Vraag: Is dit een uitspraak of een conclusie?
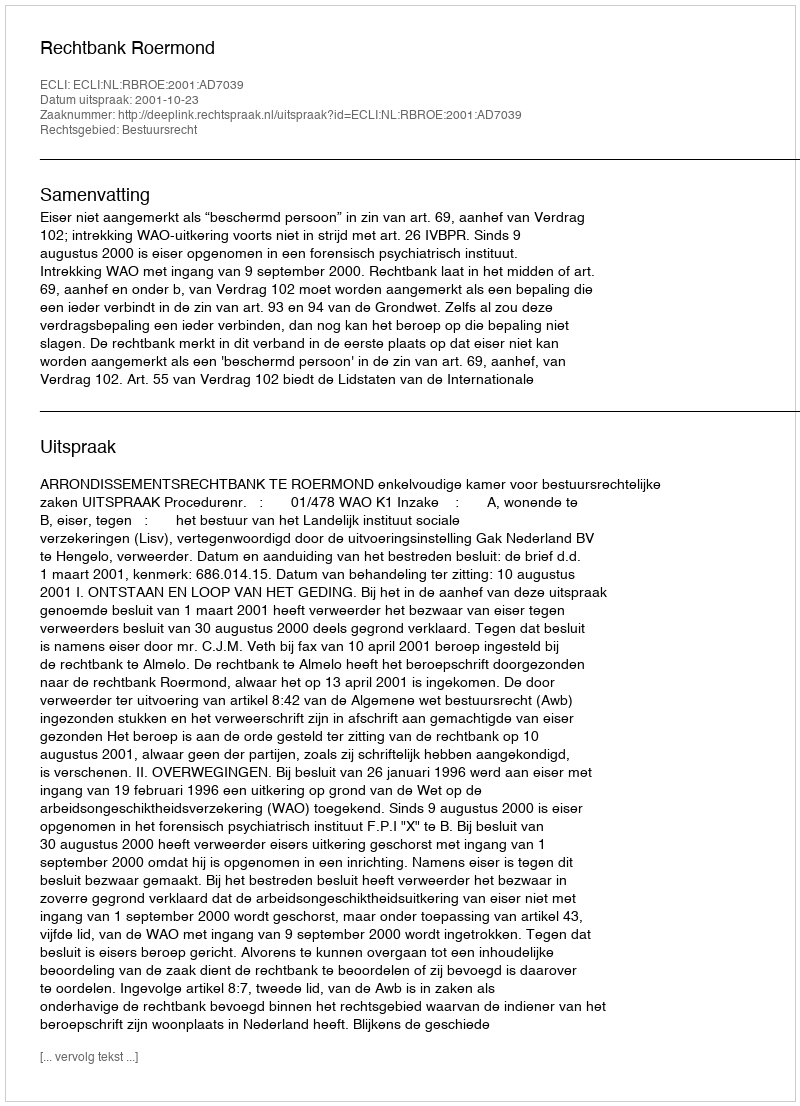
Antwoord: Uitspraak